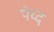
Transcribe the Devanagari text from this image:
पेय्द